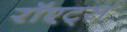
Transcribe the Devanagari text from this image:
रॉएट्स